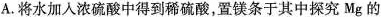
A.将水加入浓硫酸中得到稀硫酸，置镁条于其中探究Mg 的